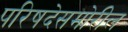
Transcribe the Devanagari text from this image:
परिषदेसमोरील